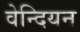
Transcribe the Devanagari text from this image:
वेन्दियन